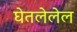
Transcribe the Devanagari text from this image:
घेतलेलेल